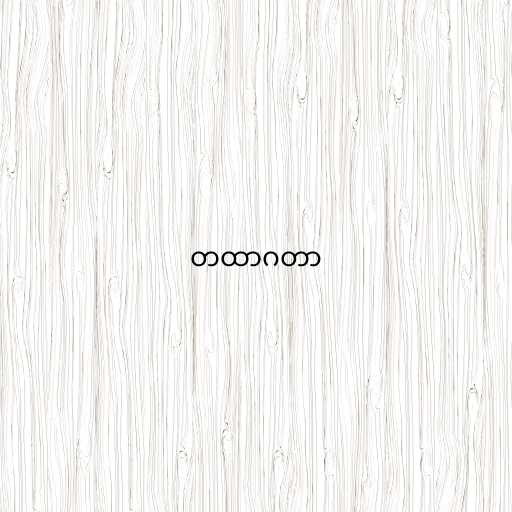
တထာဂတာ